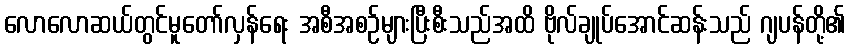
လောလောဆယ်တွင်မူတော်လှန်ရေး အစီအစဉ်များပြီးစီးသည်အထိ ဗိုလ်ချုပ်အောင်ဆန်းသည် ဂျပန်တို့၏